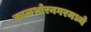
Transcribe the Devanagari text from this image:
काळभोरनगरमध्ये